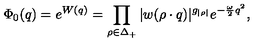
\Phi _ { 0 } ( q ) = e ^ { W ( q ) } = \prod _ { \rho \in \Delta _ { + } } | w ( \rho \cdot q ) | ^ { g _ { | \rho | } } e ^ { - { \frac { \omega } { 2 } } q ^ { 2 } } ,